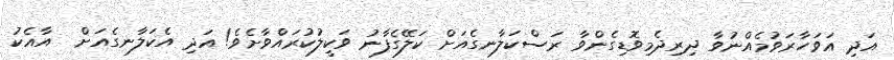
އަދި އަވަހާރަވުމެއްނުވާ ދިރިދެމިވޮޑިގެންވާ ރަސްކަލާނގެއަށް ކަލޭގެފާނު ވަކީލުކުރައްވާށެވެ! އަދި އެކަލާނގެއަށް  އާއެކު